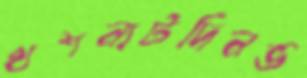
খশনাটদিনভ